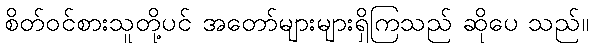
စိတ်ဝင်စားသူတို့ပင် အတော်များများရှိကြသည် ဆိုပေ သည်။